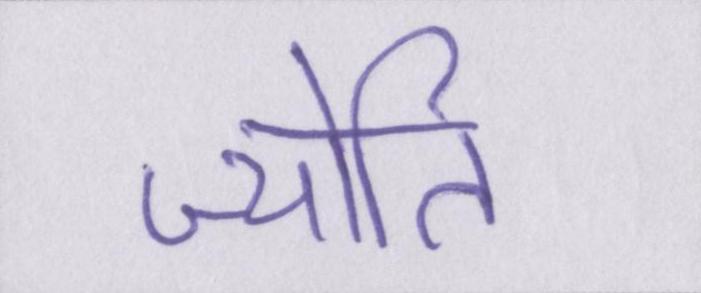
ज्योति